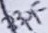
Text: 33pF